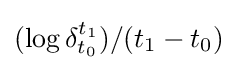
(\log {\delta _{t_{0}}^{t_{1}}})/(t_{1}-t_{0})